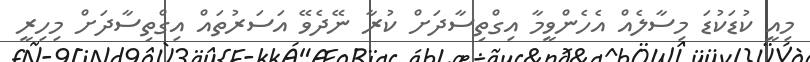
މިއީ ކުޑަކުޑަ މިސާލެއް އެހެންވީމާ އިގްތިސާދަށް ކުރާ ނޭދެވޭ އަސަރުތައް އިގްތިސާދަށް މިހިރީ